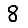
Digit: 8